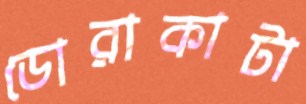
ডোরাকাটা